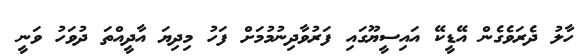
ހާލު ދެރަވެގެން އޭޑީކޭ އައިސީޔޫގައި ފަރުވާދިނުމުމަށް ފަހު މިދިޔަ އާދީއްތަ ދުވަހު ވަނީ